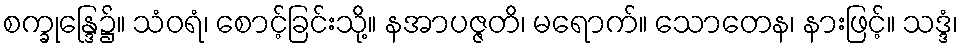
စက္ခုန္ဒြေ၌။ သံဝရံ၊ စောင့်ခြင်းသို့။ နအာပဇ္ဇတိ၊ မရောက်။ သောတေန၊ နားဖြင့်။ သဒ္ဒံ၊